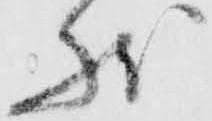
状